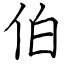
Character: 伯